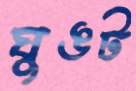
ঘুঙট